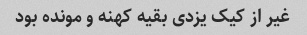
غیر از کیک یزدی بقیه کهنه و مونده بود